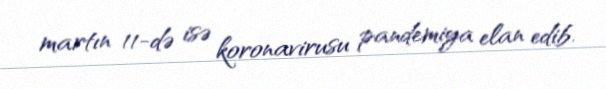
martın 11-də isə koronavirusu pandemiya elan edib.